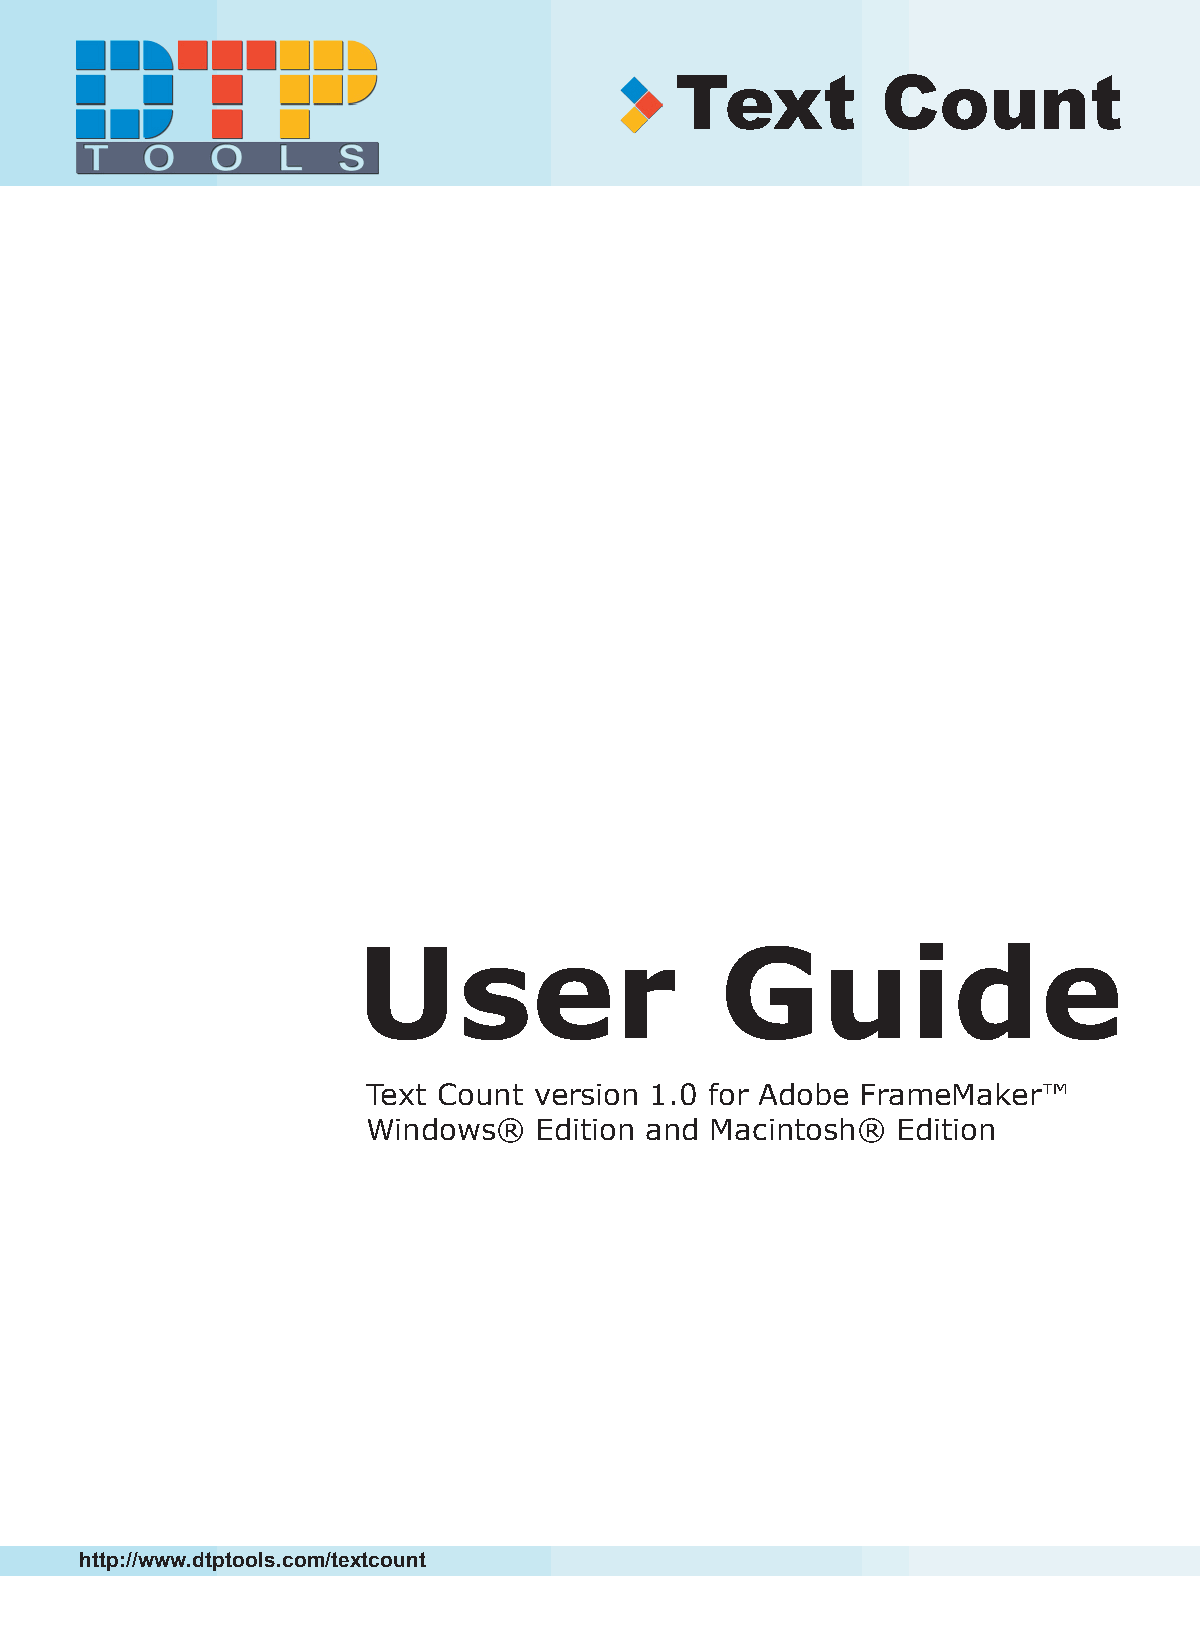
Text         Count
 User                    Guide
 Text Count version 1.0 for Adobe FrameMaker™
 Windows®   Edition and Macintosh®  Edition
 http://www.dtptools.com/textcount                                   1